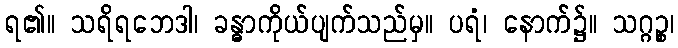
ရ၏။ သရိရဘေဒါ၊ ခန္ဓာကိုယ်ပျက်သည်မှ။ ပရံ၊ နောက်၌။ သဂ္ဂဉ္စ၊